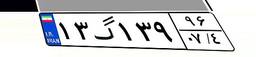
۱۳گ۱۳۹۹۶